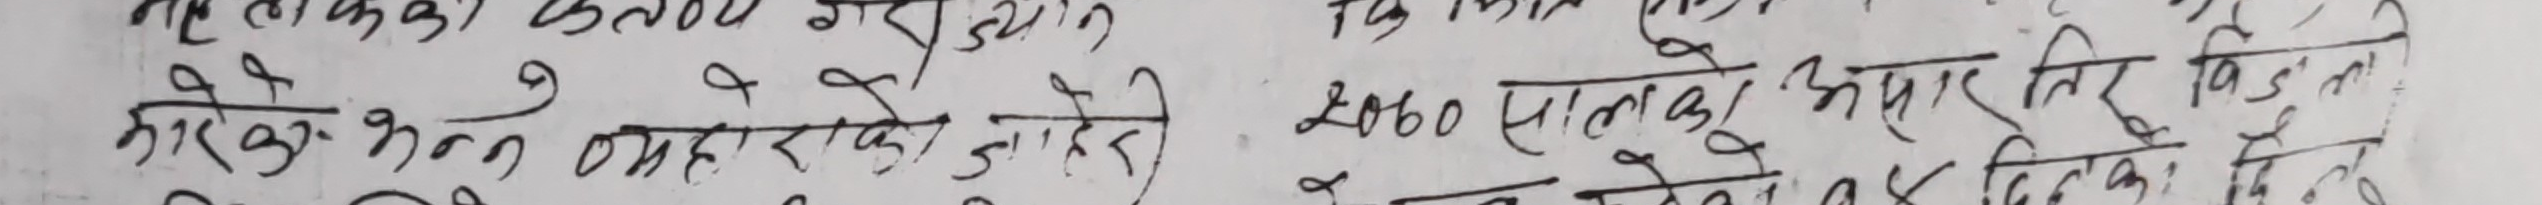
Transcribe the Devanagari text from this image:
मताकाको छल्लो पस्सामा कराइयेको छ। तिम्रो भविष्यको वास्तविक कुरा देख्नु भएको छ।
गरेको ९ पहरायको जो हेछ। २०६० सालको असार लिपदिनामी विज्ञाको १४ दिनको छे।